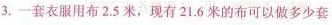
3.一套衣服用布2.5米，现有21.6米的布可以做多少套